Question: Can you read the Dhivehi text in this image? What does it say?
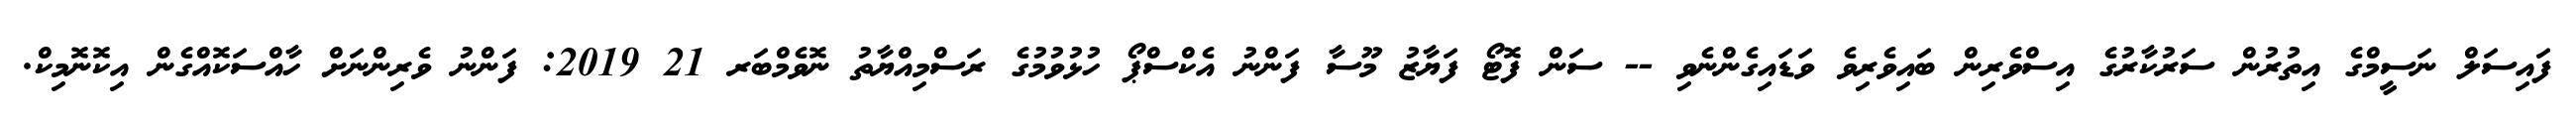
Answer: ފައިސަލް ނަސީމްގެ އިތުރުން ސަރުކާރުގެ އިސްވެރިން ބައިވެރިވެ ވަޑައިގެންނެވި -- ސަން ފޮޓޯ ފަޔާޒު މޫސާ ފަންނު އެކްސްޕޯ ހުޅުވުމުގެ ރަސްމިއްޔާތު ނޮވެމްބަރ 21 2019: ފަންނު ވެރިންނަށް ހާއްސަކޮއްގެން އިކޮނޮމިކް.